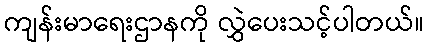
ကျန်းမာရေးဌာနကို လွှဲပေးသင့်ပါတယ်။